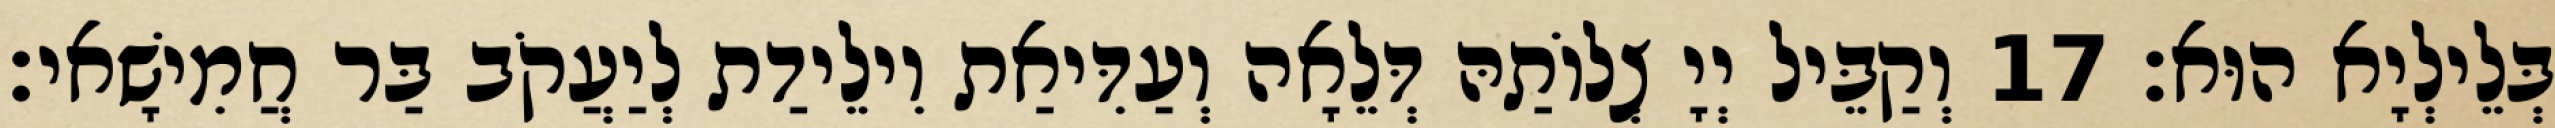
בְּלֵילְיָא הוּא׃ 17 וְקַבֵּיל יְיָ צְלוֹתַהּ דְּלֵאָה וְעַדִּיאַת וִילֵידַת לְיַעֲקֹב בַּר חֲמִישָׁאי׃